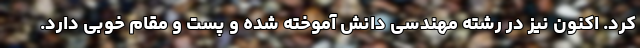
کرد. اکنون نیز در رشته مهندسی دانش آموخته شده و پست و مقام خوبی دارد.